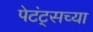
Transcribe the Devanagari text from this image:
पेटंट्सच्या